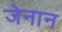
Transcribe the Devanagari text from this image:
जेनान